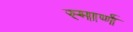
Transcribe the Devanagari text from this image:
स्मार्ण